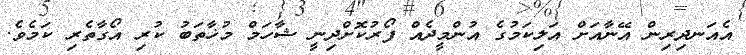
އެއަނދިރިން އޭނާއަށް އަލިކަމުގެ އުންމީދެއް ފޯރުކޮށްދިނީ ޝާހަމް މުޚާތަބު ކުރި އޯގާތެރި ކަމެވެ.